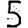
Digit: 5